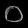
Digit: ၀